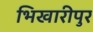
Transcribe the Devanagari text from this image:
भिखारीपुर